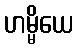
ဟမ္မိယေ